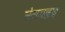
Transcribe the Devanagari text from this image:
चंदासाहब